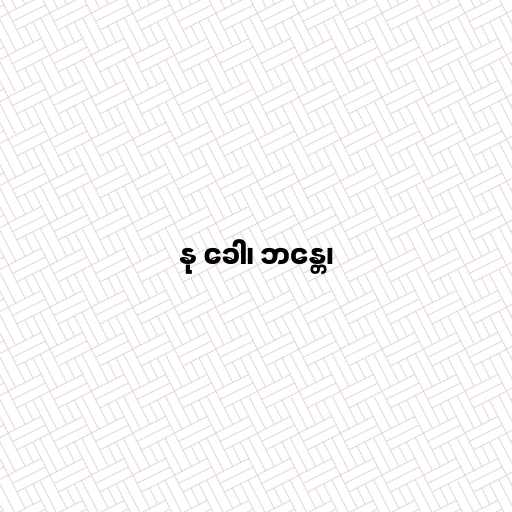
နု ခေါ၊ ဘန္တေ၊